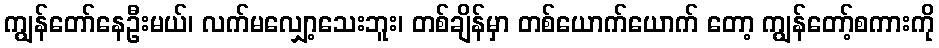
ကျွန်တော်နေဦးမယ်၊ လက်မလျှော့သေးဘူး၊ တစ်ချိန်မှာ တစ်ယောက်ယောက် တော့ ကျွန်တော့်စကားကို